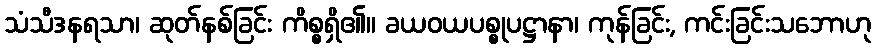
သံသီဒနရသာ၊ ဆုတ်နစ်ခြင်း ကိစ္စရှိ၏။ ခယဝယပစ္စုပဋ္ဌာနာ၊ ကုန်ခြင်း, ကင်းခြင်းသဘောဟု